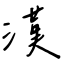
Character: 漢